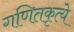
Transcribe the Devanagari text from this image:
गणितकृत्ये